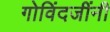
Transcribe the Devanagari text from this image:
गोविंदजींनी